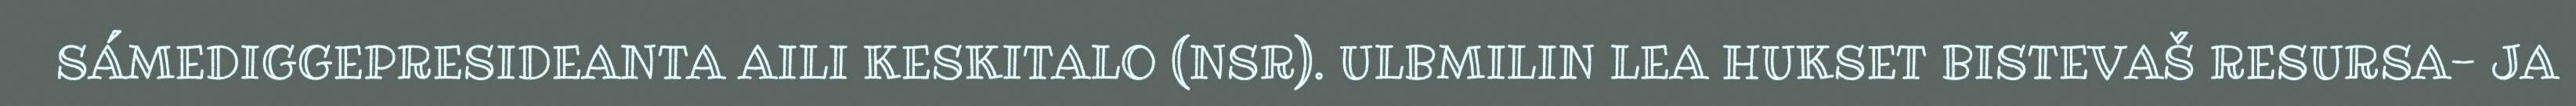
SÁMEDIGGEPRESIDEANTA AILI KESKITALO (NSR). ULBMILIN LEA HUKSET BISTEVAŠ RESURSA- JA